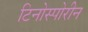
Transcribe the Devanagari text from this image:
टिनोस्पोरीन